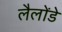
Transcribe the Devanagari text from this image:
लैलोंडे